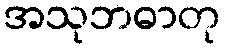
အသုဘဓာတု